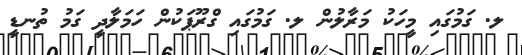
ލ. ގަމުގައި މީހަކު މަރާލުން ލ. ގަމުގައި ގްރޫޕަކުން ހަމަލާދީ ގަމު ތުނޑީ